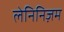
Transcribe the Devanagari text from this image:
लेनिनिज़म